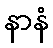
နာနံ